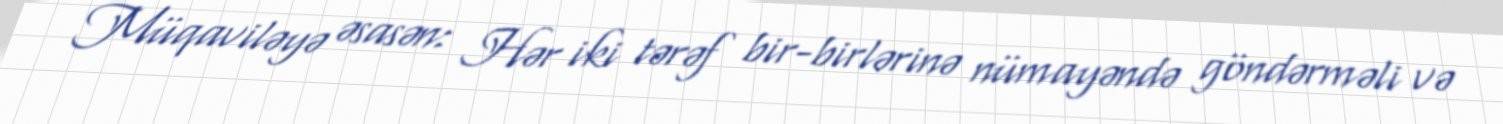
Müqaviləyə əsasən: Hər iki tərəf bir-birlərinə nümayəndə göndərməli və